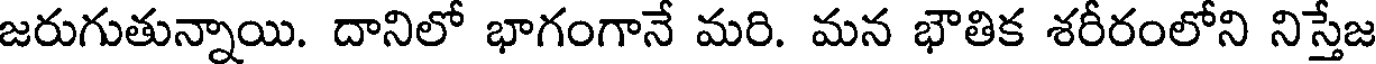
జరుగుతున్నాయి. దానిలో భాగంగానే మరి. మన భౌతిక శరీరంలోని నిస్తేజ